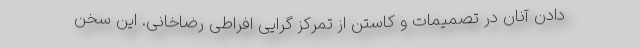
دادن آنان در تصمیمات و کاستن از تمرکز گرایی افراطی رضاخانی. این سخن